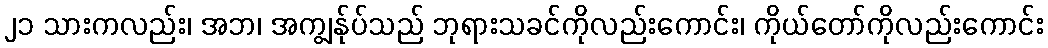
၂၁ သားကလည်း၊ အဘ၊ အကျွန်ုပ်သည် ဘုရားသခင်ကိုလည်းကောင်း၊ ကိုယ်တော်ကိုလည်းကောင်း